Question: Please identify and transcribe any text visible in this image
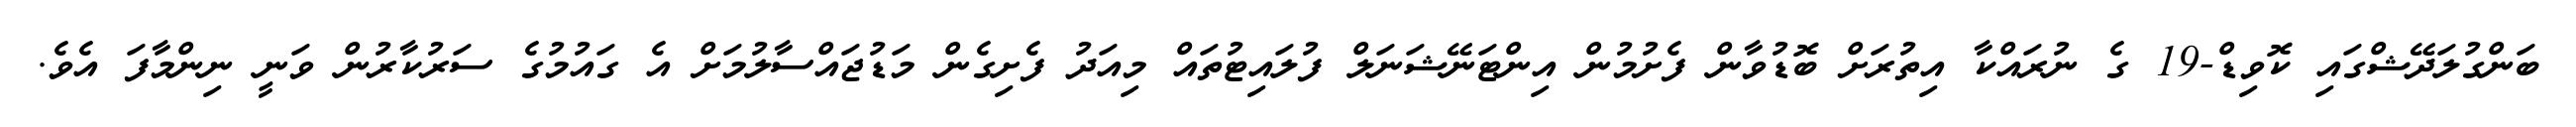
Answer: ބަންގުލަދޭޝްގައި ކޮވިޑް-19 ގެ ނުރައްކާ އިތުރަށް ބޮޑުވާން ފެށުމުން އިންޓަނޭޝަނަލް ފުލައިޓުތައް މިއަދު ފެށިގެން މަޑުޖައްސާލުމަށް އެ ގައުމުގެ ސަރުކާރުން ވަނީ ނިންމާފަ އެވެ.